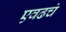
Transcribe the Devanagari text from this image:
एवढचं